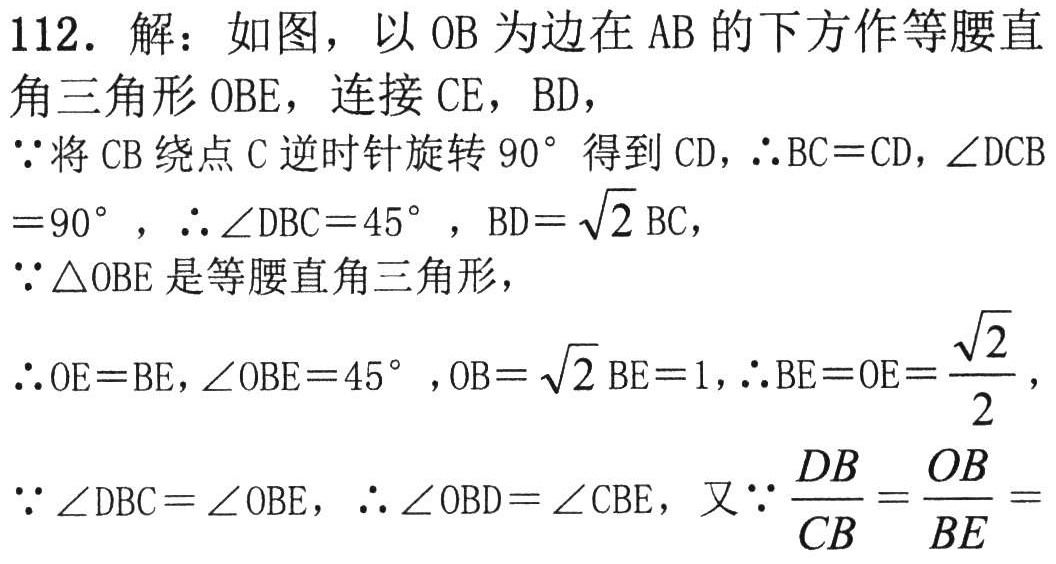
112. 解：如图，以 \(OB\) 为边在 \(AB\) 的下方作等腰直

角三角形 \(OBE\)，连接 \(CE\)，\(BD\)，

\(\because\)将 \(CB\) 绕点 \(C\) 逆时针旋转 \(90^{\circ}\) 得到 \(CD\)，\(\therefore BC = CD\)，\(\angle DCB=90^{\circ}\)，\(\therefore \angle DBC = 45^{\circ}\)，\(BD=\sqrt{2}BC\)，

\(\because\triangle OBE\) 是等腰直角三角形，

\(\therefore OE = BE\)，\(\angle OBE = 45^{\circ}\)，\(OB=\sqrt{2}BE = 1\)，\(\therefore BE = OE=\frac{\sqrt{2}}{2}\)，

\(\because \angle DBC=\angle OBE\)，\(\therefore \angle OBD=\angle CBE\)，又\(\because\frac{DB}{CB}=\frac{OB}{BE}=\)